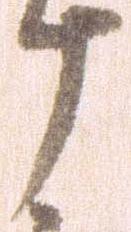
十